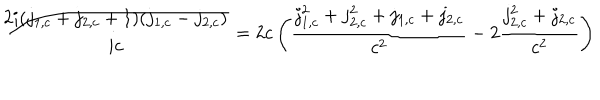
{ \frac { 2 i ( j _ { 1 , c } + j _ { 2 , c } + 1 ) ( j _ { 1 , c } - j _ { 2 , c } ) } { i c } } = 2 c \left( { \frac { j _ { 1 , c } ^ { 2 } + j _ { 2 , c } ^ { 2 } + j _ { 1 , c } + j _ { 2 , c } } { c ^ { 2 } } } - 2 { \frac { j _ { 2 , c } ^ { 2 } + j _ { 2 , c } } { c ^ { 2 } } } \right)